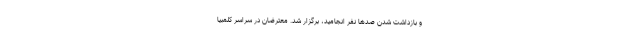
و بازداشت شدن صدها نفر انجامید، برگزار شد. معترضان در سراسر کلمبیا